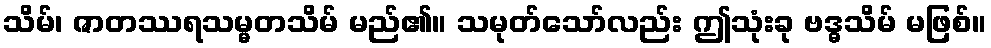
သိမ်၊ ဇာတဿရသမ္မတသိမ် မည်၏။ သမုတ်သော်လည်း ဤသုံးခု ဗဒ္ဓသိမ် မဖြစ်။